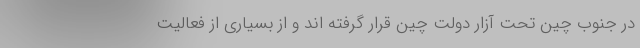
در جنوب چین تحت آزار دولت چین قرار گرفته اند و از بسیاری از فعالیت